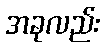
အခုလည်း